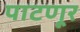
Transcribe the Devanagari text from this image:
पाटणूर